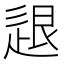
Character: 𨒼